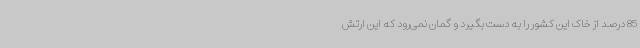
85 درصد از خاک این کشور را به دست بگیرد و گمان نمی‌رود که این ارتش